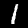
Digit: 1